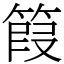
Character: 䈔